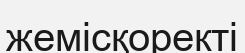
жемісқоректі